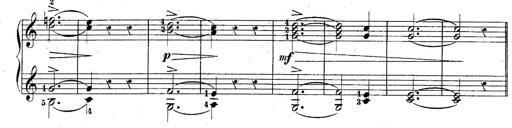
Title: 10 Sonatines progressives
Composer: Anton Schmoll